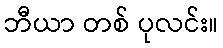
ဘီယာ တစ် ပုလင်း။